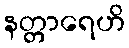
နတ္တာရေဟိ